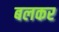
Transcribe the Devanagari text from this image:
बलकर